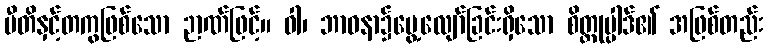
ပီတိနှင့်တကွဖြစ်သော ဉာဏ်ဖြင့်။ ဝါ၊ ဘာဝနာ၌မွေ့လျော်ခြင်းရှိသော စိတ္တုပ္ပါဒ်၏ အဖြစ်တည်း